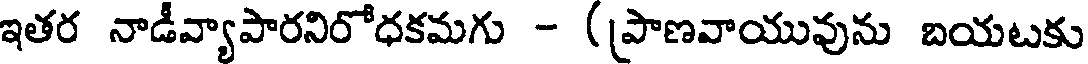
ఇతర నాడీవ్యాపారనిరోధకమగు - (ప్రాణవాయువును బయటకు